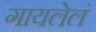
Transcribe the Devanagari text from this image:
गायलेलं